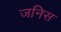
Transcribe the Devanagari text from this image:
जनिस